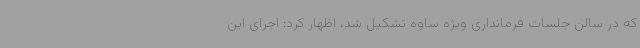
که در سالن جلسات فرمانداری ویژه ساوه تشکیل شد، اظهار کرد: اجرای این